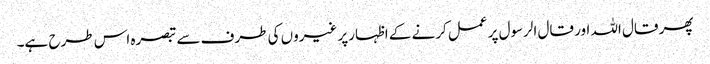
پھر قال اللہ اور قال الرسول پر عمل کرنے کے اظہارپر غیروں کی طرف سے تبصرہ اس طرح ہے۔